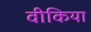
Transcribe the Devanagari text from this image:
वीकिया